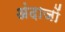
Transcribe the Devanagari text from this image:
अंदाजों